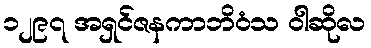
၁၂၉၇ အရှင်ဇနကာဘိဝံသ ဝါဆိုလ